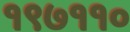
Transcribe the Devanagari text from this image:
१९७११०